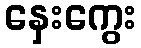
နှေးကွေး